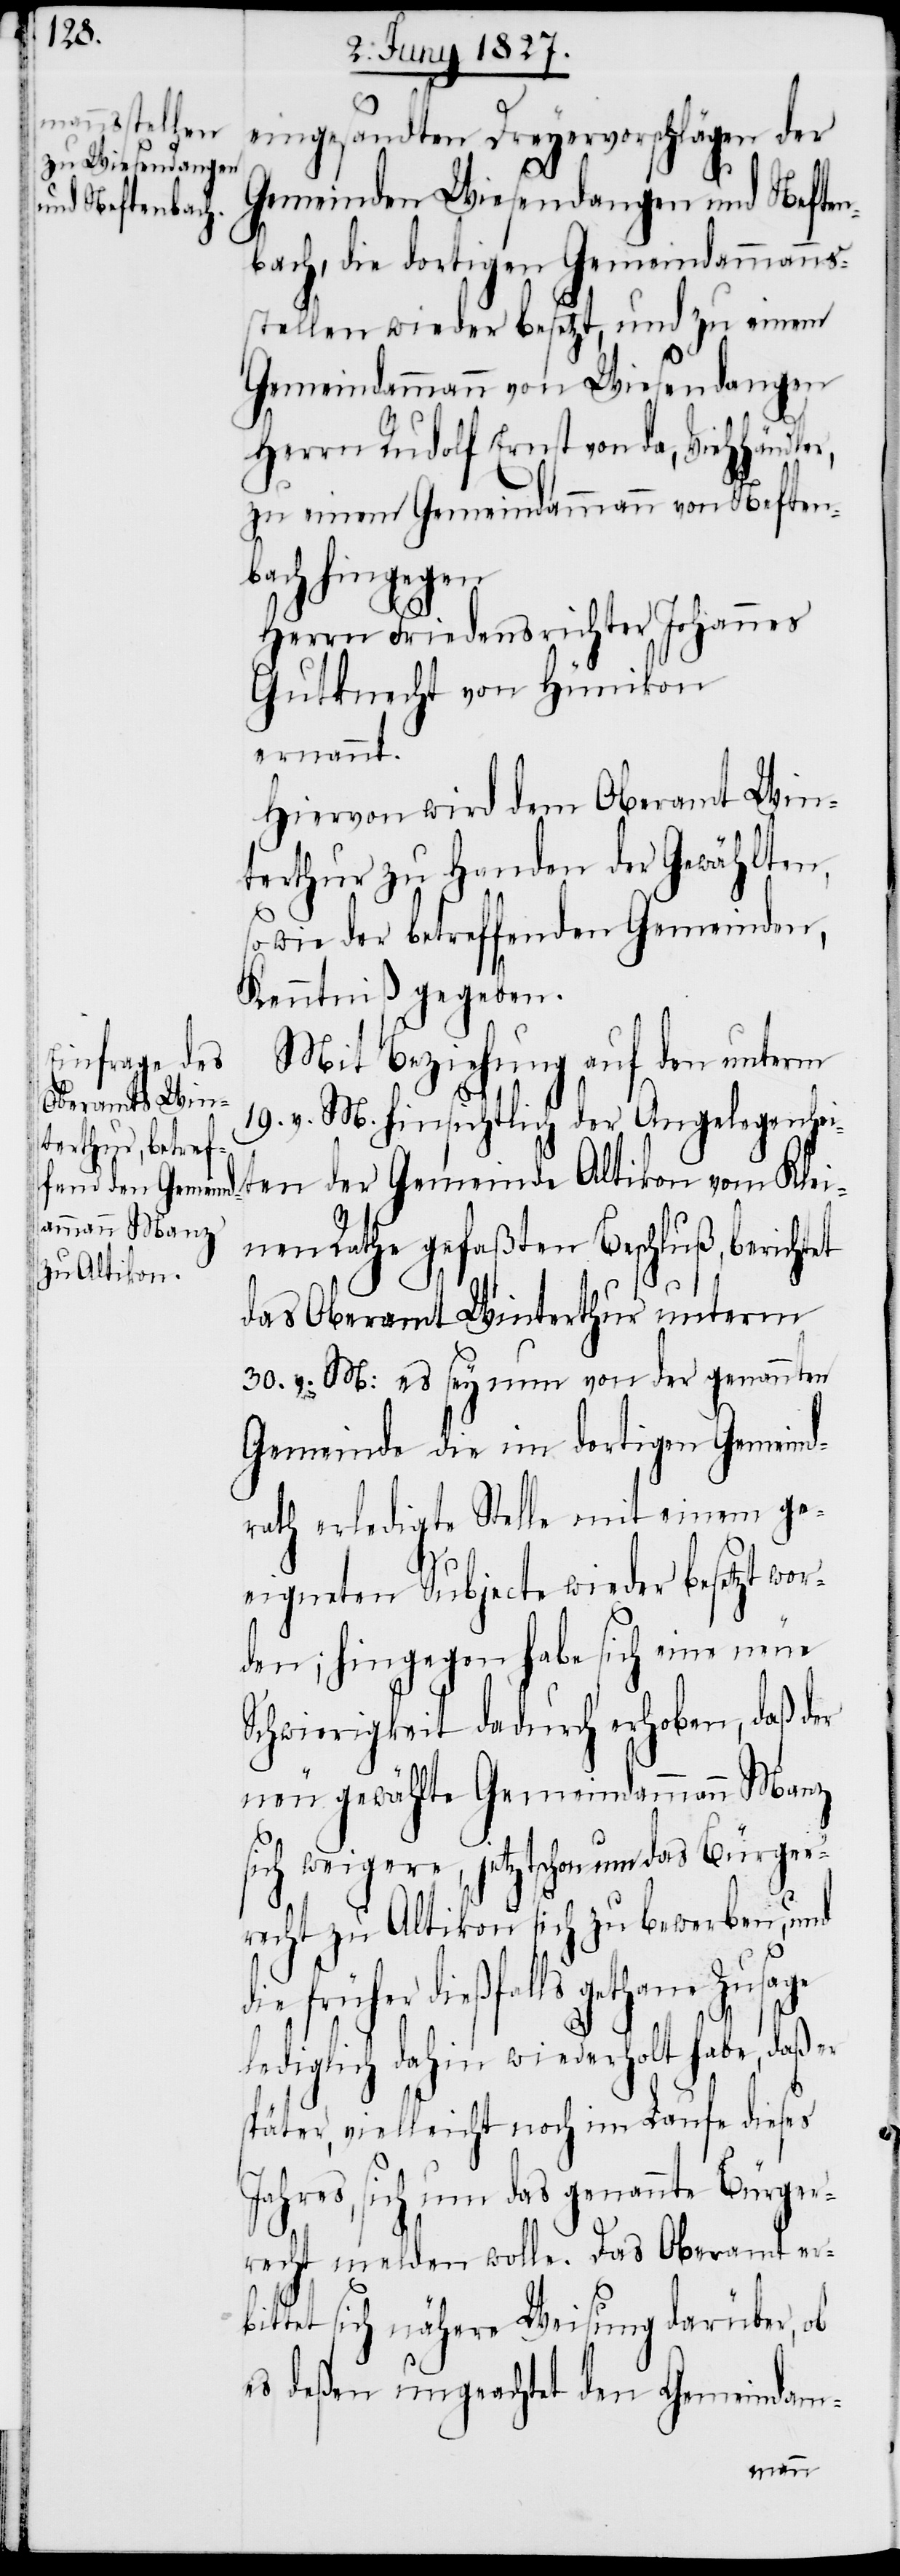
eingesandten Dreyervorschlägen der
Gemeinden Wiesendangen und Neften¬
bach, die dortigen Gemeindammanns¬
stellen wieder besetzt, und zu einem
Gemeindammann von Wiesendangen
Herrn Rudolf Ernst von da, Viehhändler,
zu einem Gemeindammann von Neften¬
bach hingegen
Herrn Friedensrichter Johannes
Gutknecht von Hünikon
ernannt.
Hiervon wird dem Oberamt Win¬
terthur zu Handen der Gewählten,
sowie der betreffenden Gemeinden,
Kenntniß gegeben.
Mit Beziehung auf den unterm
19. v. M. hinsichtlich der Angelegenhei¬
ten der Gemeinde Altikon vom Klei¬
nen Rathe gefaßten Beschluß, berichtet
das Oberamt Winterthur unterm
30. v. M: es sey nun von der genannten
Gemeinde die im dortigen Gemeind¬
rath erledigte Stelle mit einem ge¬
eigneten Subjecte wieder besetzt wor¬
den; hingegen habe sich eine neue
Schwierigkeit dadurch erhoben, daß der
neu gewählte Gemeindammann Manz
sich weigere, jetzt schon um das Bürger¬
recht zu Altikon sich zu bewerben, und
früher dießfalls gethane Zusage
lediglich dahin wiederholt habe, daß er
später, vielleicht noch im Laufe dieses
Jahres, sich um das genannte Bürger¬
recht melden wolle. Das Oberamt erb¬
ittet sich nähere Weisung darüber, ob
es deßen ungeachtet den Gemeindam-